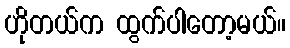
ဟိုတယ်က ထွက်ပါတော့မယ်။